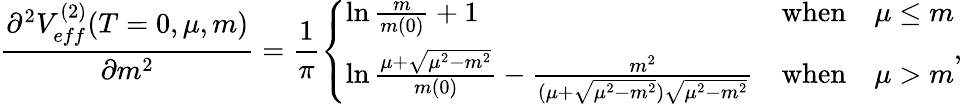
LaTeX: \frac{\partial^{2}V_{eff}^{(2)}(T=0,\mu,m)}{\partial m^{2}}=\frac{1}{\pi}\left\{ \begin{array}{lll}{{\ln\frac{m}{m(0)}+1}}&{{\mathrm{when}}}&{{\mu\leq m}}\\ {{\ln\frac{\mu+\sqrt{\mu^{2}-m^{2}}}{m(0)}-\frac{m^{2}}{(\mu+\sqrt{\mu^{2}-m^{2}})\sqrt{\mu^{2}-m^{2}}}}}&{{\mathrm{when}}}&{{\mu>m}}\end{array}\right.,